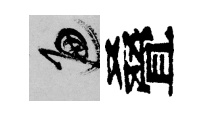
遍叠